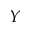
Y